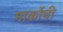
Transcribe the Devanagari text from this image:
मार्कोची